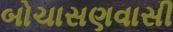
બોચાસણવાસી